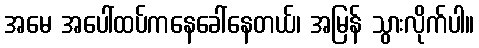
အမေ အပေါ်ထပ်ကနေခေါ်နေတယ်၊ အမြန် သွားလိုက်ပါ။